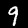
Digit: 9